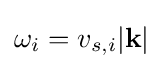
\omega _{i}=v_{s,i}|\mathbf {k} |